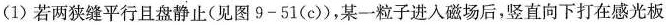
(1)若两狭缝平行且盘静止(见图9-51(c))，某一粒子进入磁场后，竖直向下打在感光板